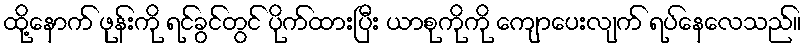
ထို့နောက် ဖုန်းကို ရင်ခွင်တွင် ပိုက်ထားပြီး ယာစုကိုကို ကျောပေးလျက် ရပ်နေလေသည်။